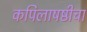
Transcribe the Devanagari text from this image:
कपिलाषष्ठीचा